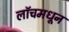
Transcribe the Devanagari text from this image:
लॉचमधून